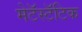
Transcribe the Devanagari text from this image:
मेटॅस्टॅटिक